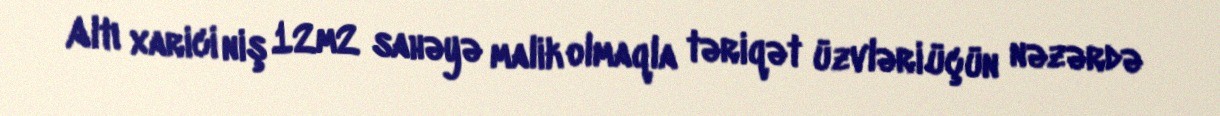
Altı xarici niş 12m2 sahəyə malik olmaqla təriqət üzvləri üçün nəzərdə